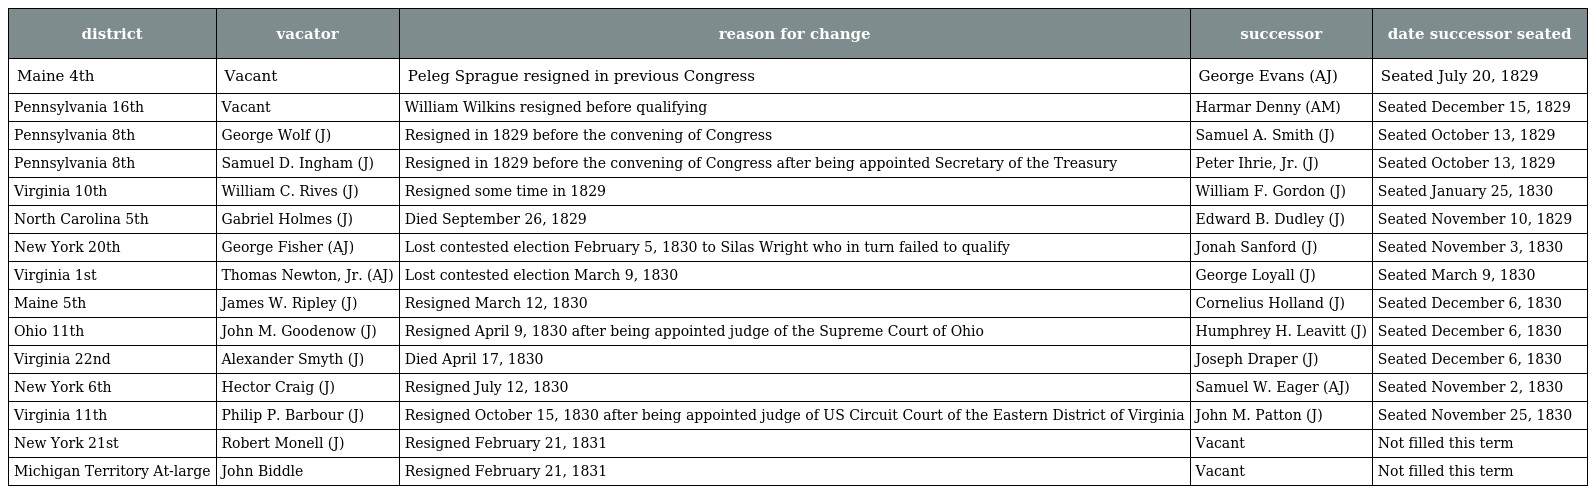
| district | vacator | reason for change | successor | date successor seated |
 | --- | --- | --- | --- | --- |
 | Maine 4th | Vacant | Peleg Sprague resigned in previous Congress | George Evans (AJ) | Seated July 20, 1829 |
 | Pennsylvania 16th | Vacant | William Wilkins resigned before qualifying | Harmar Denny (AM) | Seated December 15, 1829 |
 | Pennsylvania 8th | George Wolf (J) | Resigned in 1829 before the convening of Congress | Samuel A. Smith (J) | Seated October 13, 1829 |
 | Pennsylvania 8th | Samuel D. Ingham (J) | Resigned in 1829 before the convening of Congress after being appointed Secretary of the Treasury | Peter Ihrie, Jr. (J) | Seated October 13, 1829 |
 | Virginia 10th | William C. Rives (J) | Resigned some time in 1829 | William F. Gordon (J) | Seated January 25, 1830 |
 | North Carolina 5th | Gabriel Holmes (J) | Died September 26, 1829 | Edward B. Dudley (J) | Seated November 10, 1829 |
 | New York 20th | George Fisher (AJ) | Lost contested election February 5, 1830 to Silas Wright who in turn failed to qualify | Jonah Sanford (J) | Seated November 3, 1830 |
 | Virginia 1st | Thomas Newton, Jr. (AJ) | Lost contested election March 9, 1830 | George Loyall (J) | Seated March 9, 1830 |
 | Maine 5th | James W. Ripley (J) | Resigned March 12, 1830 | Cornelius Holland (J) | Seated December 6, 1830 |
 | Ohio 11th | John M. Goodenow (J) | Resigned April 9, 1830 after being appointed judge of the Supreme Court of Ohio | Humphrey H. Leavitt (J) | Seated December 6, 1830 |
 | Virginia 22nd | Alexander Smyth (J) | Died April 17, 1830 | Joseph Draper (J) | Seated December 6, 1830 |
 | New York 6th | Hector Craig (J) | Resigned July 12, 1830 | Samuel W. Eager (AJ) | Seated November 2, 1830 |
 | Virginia 11th | Philip P. Barbour (J) | Resigned October 15, 1830 after being appointed judge of US Circuit Court of the Eastern District of Virginia | John M. Patton (J) | Seated November 25, 1830 |
 | New York 21st | Robert Monell (J) | Resigned February 21, 1831 | Vacant | Not filled this term |
 | Michigan Territory At-large | John Biddle | Resigned February 21, 1831 | Vacant | Not filled this term |